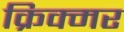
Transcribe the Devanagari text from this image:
क्रिक्मर